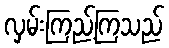
လှမ်းကြည့်ကြသည်